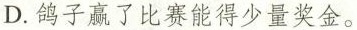
D.鸽子赢了比赛能得少量奖金。